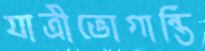
যাত্রীভোগান্তি